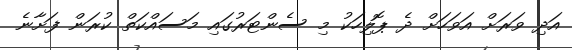
އަދި ވަރަށް އަވަހަށް ދެ ޕޮލިހަކު މި ސެންޓަރުގައި މަސައްކަތް ކުރަން ފަށާނެ